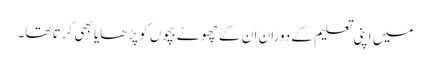
میں اپنی تعلیم کے دوران ان کے چھوٹے بچوں کو پڑھایا بھی کرتا تھا۔